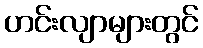
ဟင်းလျာများတွင်